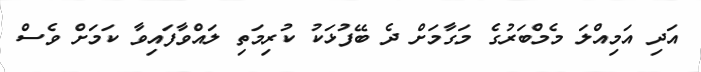
އަދި އަމިއްލަ މެމްބަރުގެ މަގާމަށް ދެ ބޭފުޅަކު ކުރިމަތި ލައްވާފައިވާ ކަމަށް ވެސް